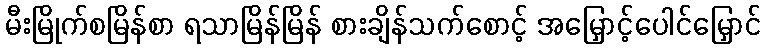
မီးမြိုက်စမြိန်စာ ရသာမြိန်မြိန် စားချိန်သက်စောင့် အမြှောင့်ပေါင်မြှောင်